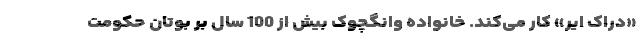
«دراک ایر» کار می‌کند. خانواده وانگچوک بیش از 100 سال بر بوتان حکومت